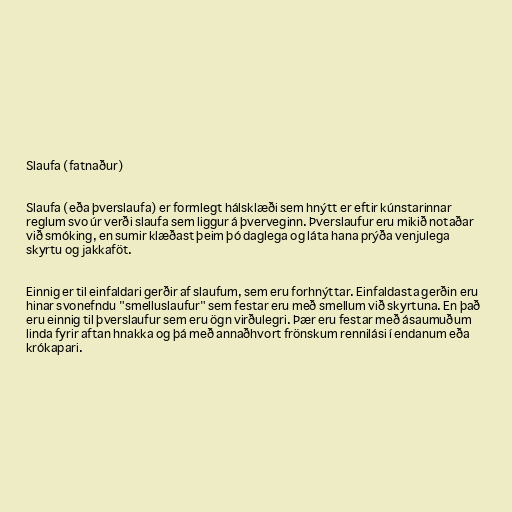
Slaufa (fatnaður)

Slaufa (eða þverslaufa) er formlegt hálsklæði sem hnýtt er eftir kúnstarinnar
reglum svo úr verði slaufa sem liggur á þverveginn. Þverslaufur eru mikið notaðar
við smóking, en sumir klæðast þeim þó daglega og láta hana prýða venjulega
skyrtu og jakkaföt.

Einnig er til einfaldari gerðir af slaufum, sem eru forhnýttar. Einfaldasta gerðin eru
hinar svonefndu "smelluslaufur" sem festar eru með smellum við skyrtuna. En það
eru einnig til þverslaufur sem eru ögn virðulegri. Þær eru festar með ásaumuðum
linda fyrir aftan hnakka og þá með annaðhvort frönskum rennilási í endanum eða
krókapari.